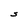
Character: S